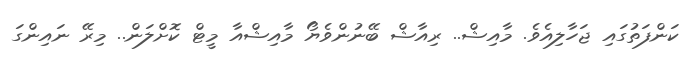
ކަންފަތުގައި ޖަހާލިއެވެ. މާއިޝް.. ރިއާޝް ބޭނުންވެޔޯ މާއިޝްއާ މީޓް ކޮށްލަން.. މިރޭ ނައިންގަ